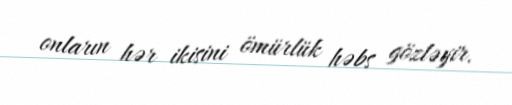
onların hər ikisini ömürlük həbs gözləyir.